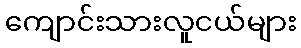
ကျောင်းသားလူငယ်များ